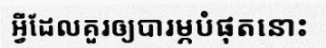
អ្វីដែលគួរឲ្យបារម្ភបំផុតនោះ